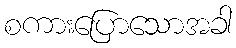
စကားပြောသောအခါ